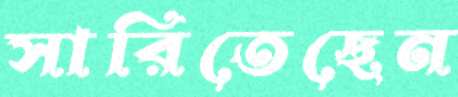
সারিতেছেন